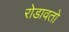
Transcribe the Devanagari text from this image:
रोडावतो